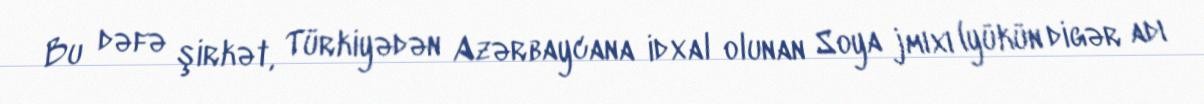
Bu dəfə şirkət, Türkiyədən Azərbaycana idxal olunan Soya jmıxı (yükün digər adı